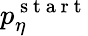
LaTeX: p_{\eta}^{\mathrm{~s~t~a~r~t~}}